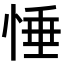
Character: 𢛉